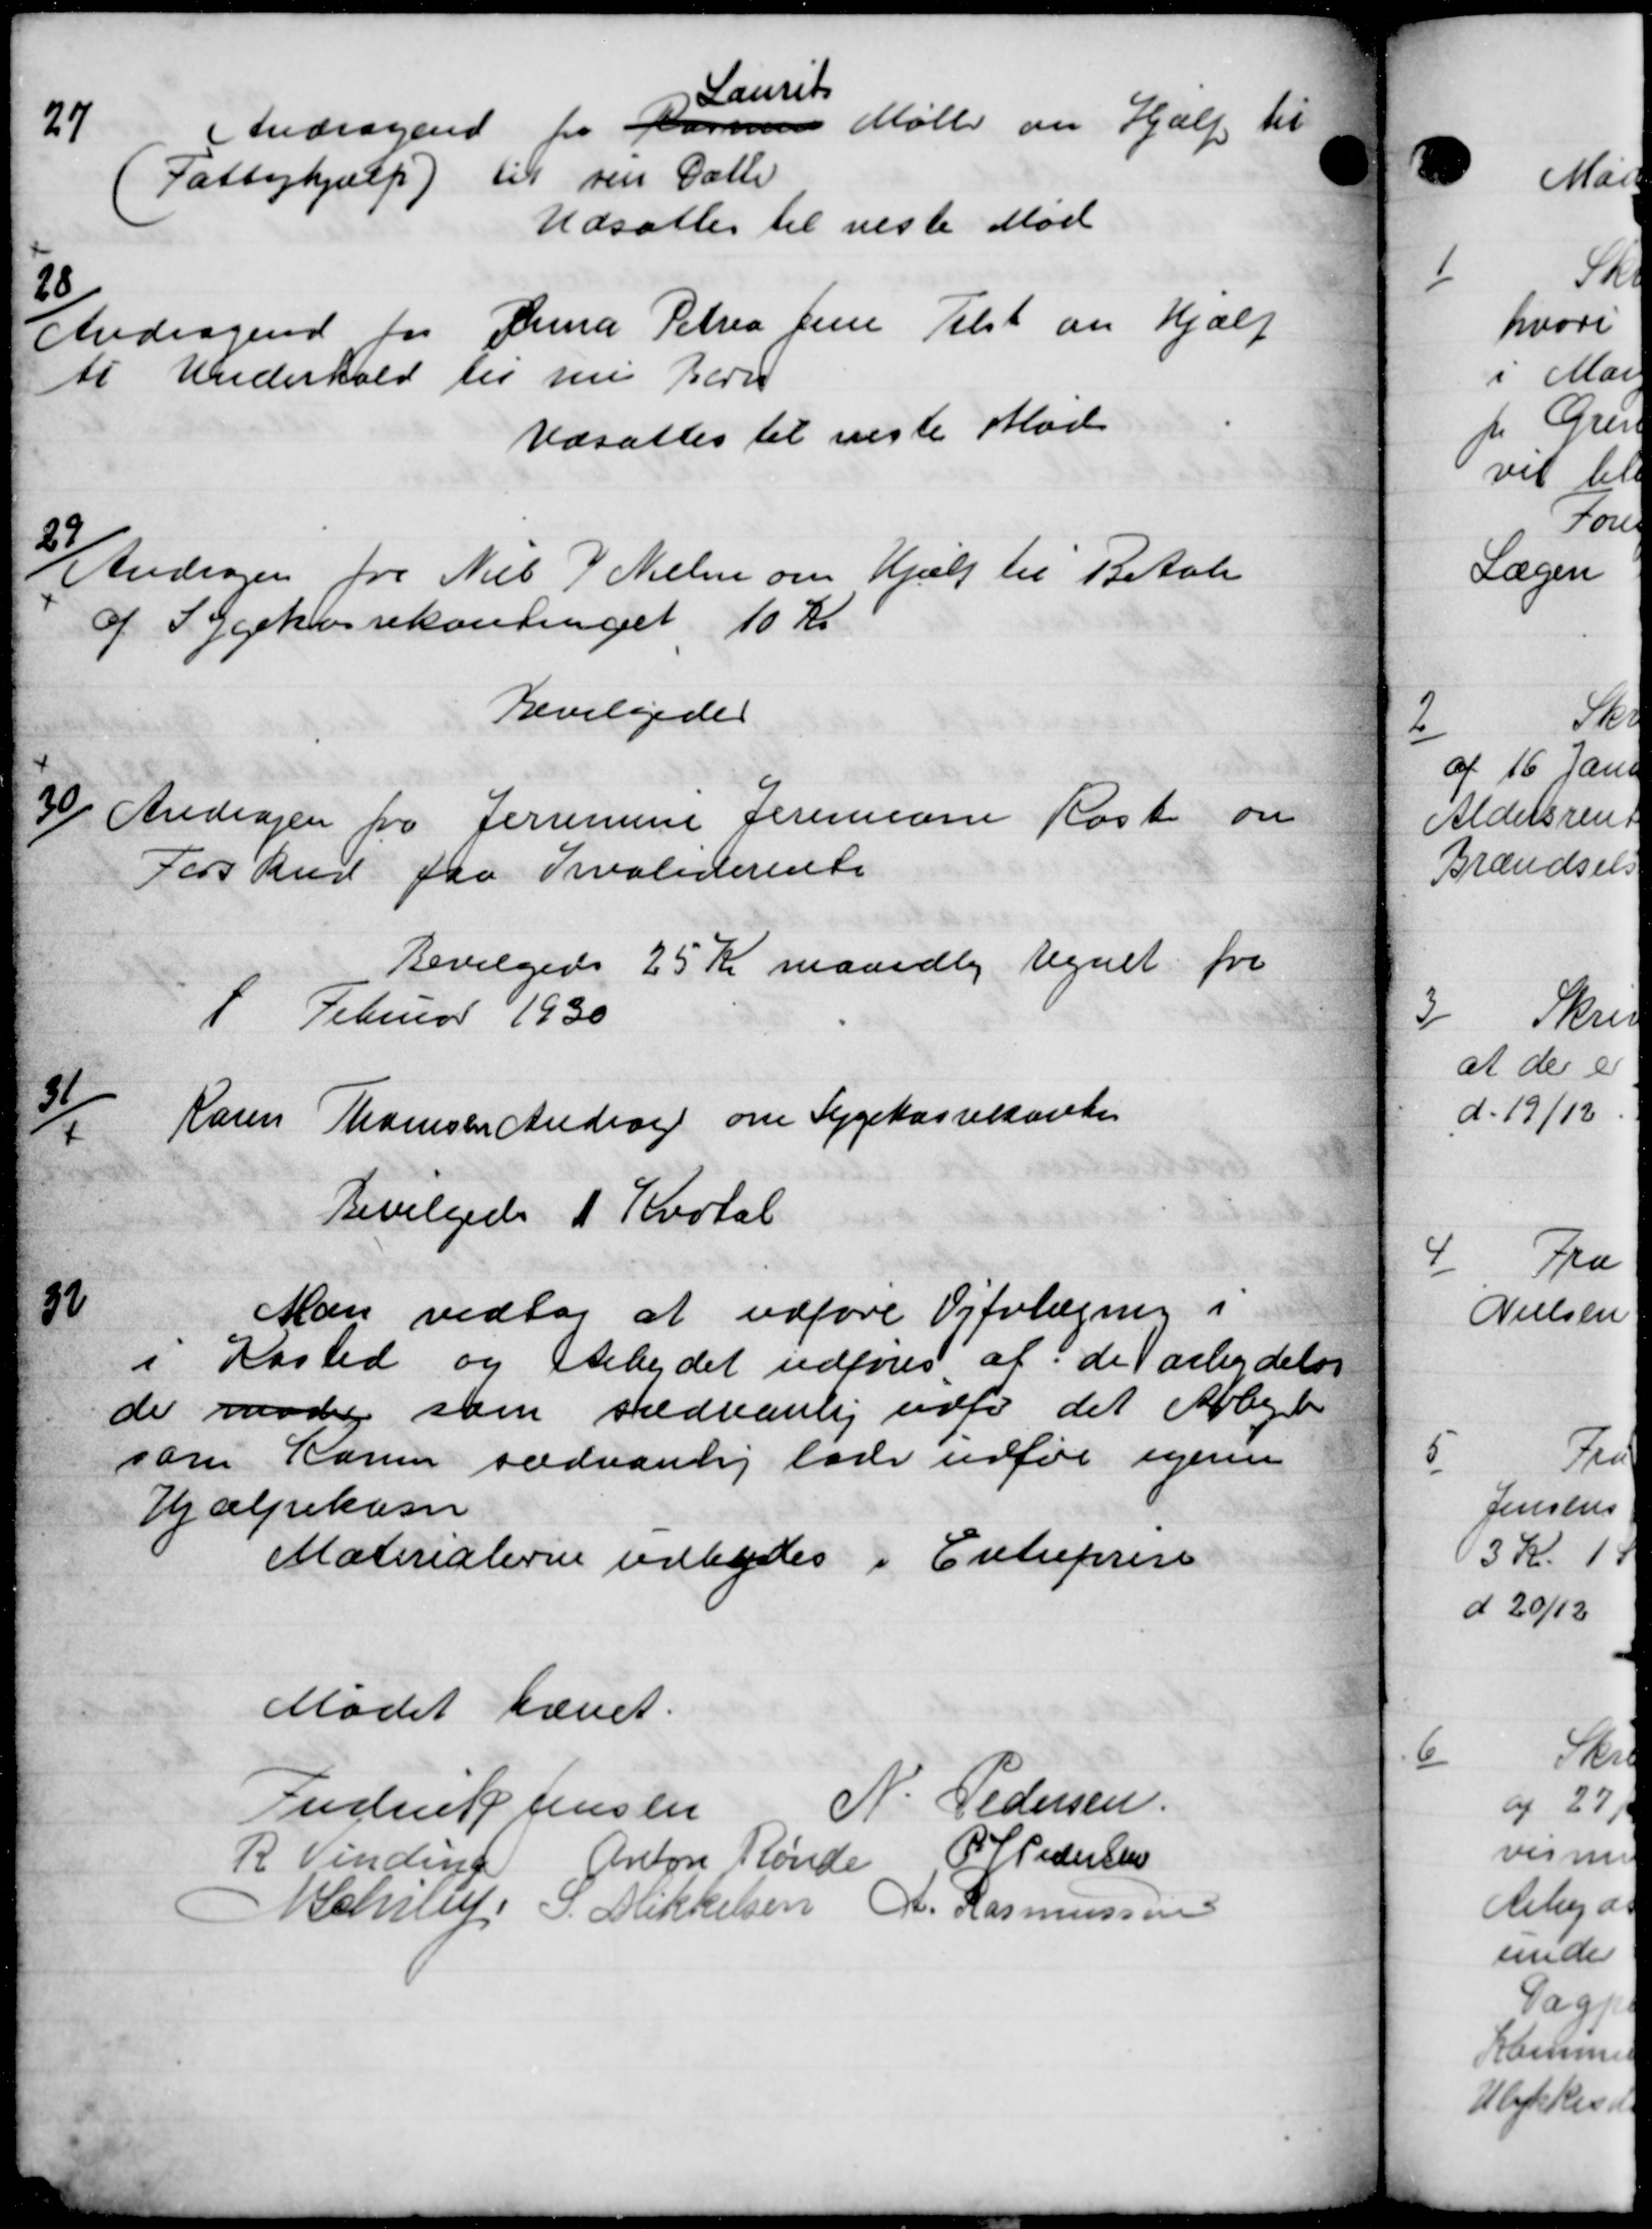
Transskription:
27
Andragende fra Rasmus Mølle om Hjælp
Laurits
Andragende fra Rasmus Mølle om Hjælp
Fattighjælp) til sin Datte
Udsattes til næste Møde
28/
Andragende for Anna Petra Jens Tilst om Hjælp
ti Underhold til nu Berns
Udsattes til næste Mød
23
Andrager fra Niels J. Nielsen om Hjælp til Betale
af Sygekassekontinget 10 Kr
Beviligedes
20
Andragen fra Jerumine Jermine Rost om
Forskud fra Kvaliderente
Bevilgedes 25 Kr maandlig tegnet for
1 Februar 1930

Karen Thomsen Andrag om Sygekassekassen
Bevilgedes 1 Kvotal
32
Man vedtog at udføre Vifolægning i
i Kasted og Arbejdet udføres, at de arbejdelse
de møde som sædvanlig udfør det Arbejde
som Karen sædvanlig lade udfør igenne
Hjælpekasse
Materialerne udbydes i Entreprese
Mødet hævet.
Frederik Jensen
N. Pedersen.
R. Vinding Anton Rønde
P P. Pedersen
Bchrup. S. Mikkelsen A. Rasmussen